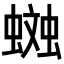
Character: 𧏎